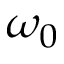
\omega _ { 0 }